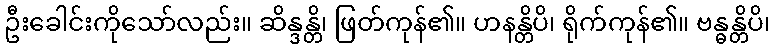
ဦးခေါင်းကိုသော်လည်း။ ဆိန္ဒန္တိ၊ ဖြတ်ကုန်၏။ ဟနန္တိပိ၊ ရိုက်ကုန်၏။ ဗန္ဓန္တိပိ၊